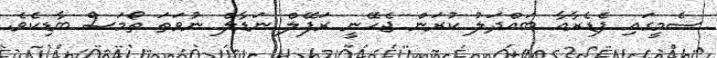
ސެމީގައި ފެޑެރާއާ ބައްދަލު ކުރަން ޖެހޭނީ ރަފޭލް ނަޑާލް ނުވަތަ ތޯމަސް ބާޑިކެވެ.